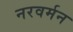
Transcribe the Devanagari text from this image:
नरवर्मन